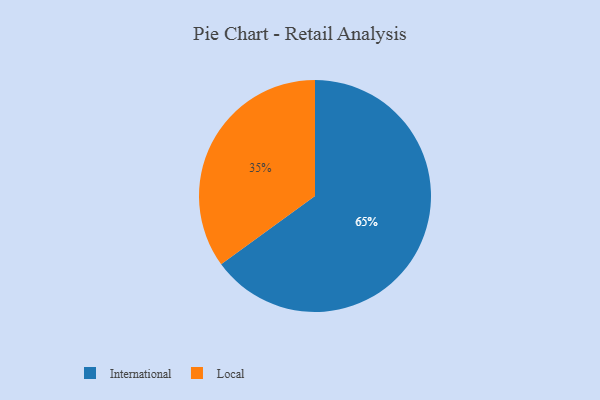
{"axis": {"x": "Category", "y": "Percentage"}, "legend": ["International", "Local"], "data": [{"x": "Local", "y": 35, "type": "Local"}, {"x": "International", "y": 65, "type": "International"}]}